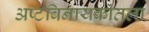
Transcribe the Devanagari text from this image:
अष्टविनायकांतला